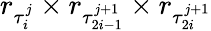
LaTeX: r_{\tau_{i}^{j}}\times r_{\tau_{2i-1}^{j+1}}\times r_{\tau_{2i}^{j+1}}